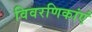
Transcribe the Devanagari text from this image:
विवरणिकांएं